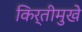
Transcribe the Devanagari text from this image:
किर्तीमुखे